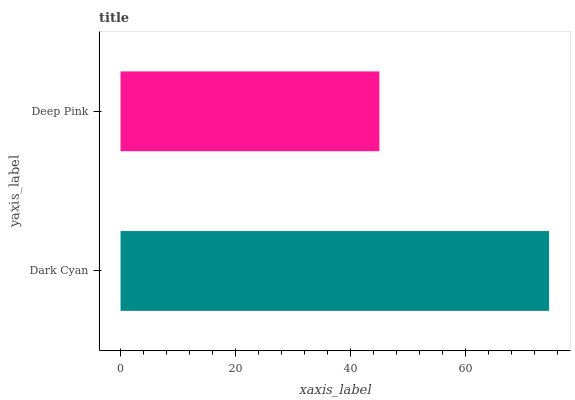
| yaxis_label | bars |
 | --- | --- |
 | Dark Cyan | 74.5 |
 | Deep Pink | 45 |